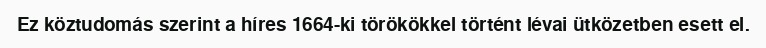
Ez köztudomás szerint a híres 1664-ki törökökkel történt lévai ütközetben esett el.